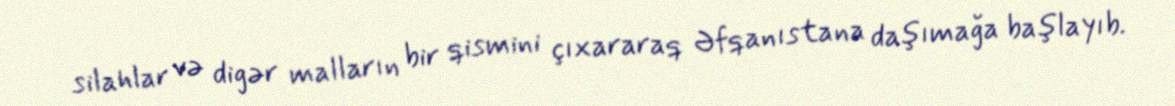
silahlar və digər malların bir qismini çıxararaq Əfqanıstana daşımağa başlayıb.